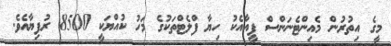
މީގެ އިތުރުން މެއިންޓެނަންސް ފީއާއެކު ހިޔާ ފްލެޓްތަކުގެ މަހު ކުއްޔަކީ 8500 ރުފިޔާއެވެ.